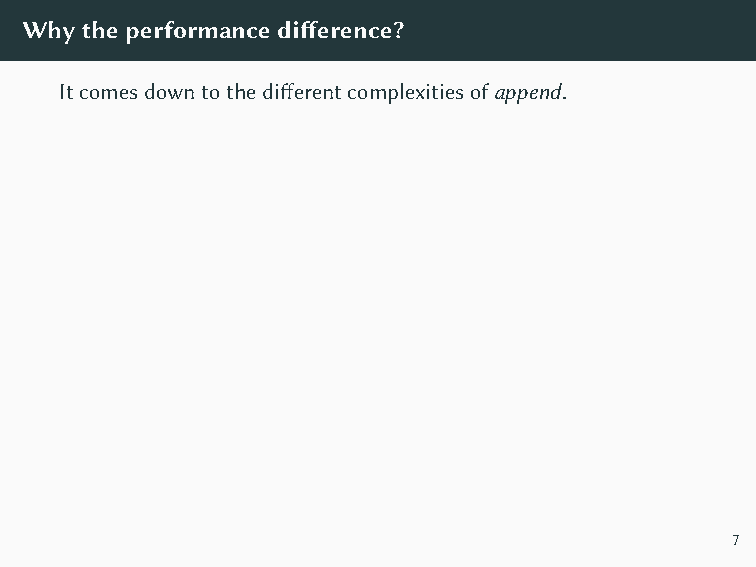
Python Haskell
 O(1)  O(n)
 createArrayUpTo::Int → Array Int
 def create_array_up_to(n): createArrayUpTo n =
 array = []              foldl
 for i in range(n):        (λarray i → append array i)
 array.append(i)       emptyArray
 return array              [0..n−1]
 Bothimplementationscallappend ntimes,whichcausesthe
 differenceinasymptotics.
 Whytheperformancedifference?
 Itcomesdowntothedifferentcomplexitiesofappend.
 7